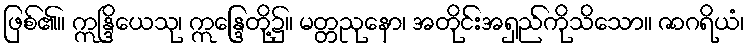
ဖြစ်၏။ ဣန္ဒြိယေသု၊ ဣန္ဒြေတို့၌။ မတ္တညုနော၊ အတိုင်းအရှည်ကိုသိသော။ ဇာဂရိယံ၊